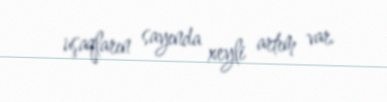
uşaqların sayında xeyli artım var.